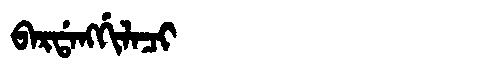
Manchu: ᠪᠠᡵᡩᠠᠩᡤᡳᠯᠠᠴᡳ
Romanization: BARDANGGILACI